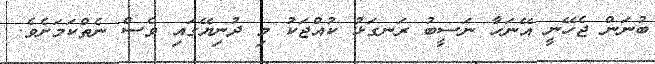
ބުނަން ޖެހޭނީ އޭނަހާ ނަސީބު ރަނގަޅު ކުއްޖަކު މި ދުނިޔޭގައި ވެސް ނެތްކަމަށެވެ.